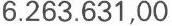
6.263.631,00